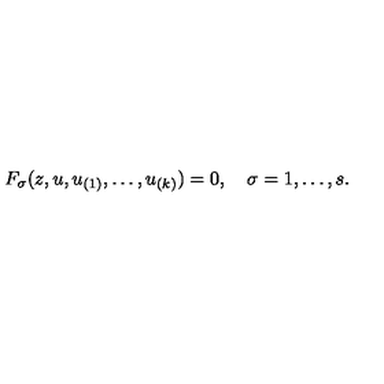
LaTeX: F _ { \sigma } ( z , u , u _ { ( 1 ) } , \ldots , u _ { ( k ) } ) = 0 , \quad \sigma = 1 , \ldots { } , s .